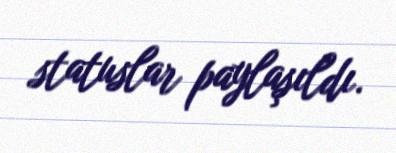
statuslar paylaşıldı.